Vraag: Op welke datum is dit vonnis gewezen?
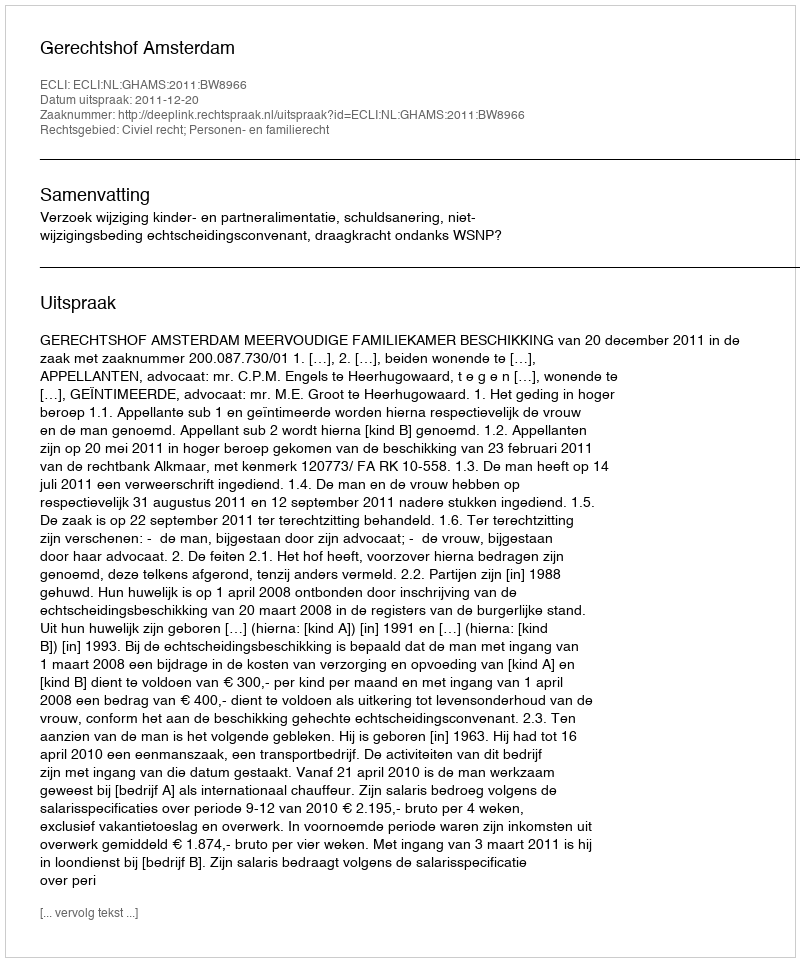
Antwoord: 2011-12-20